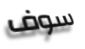
سوف